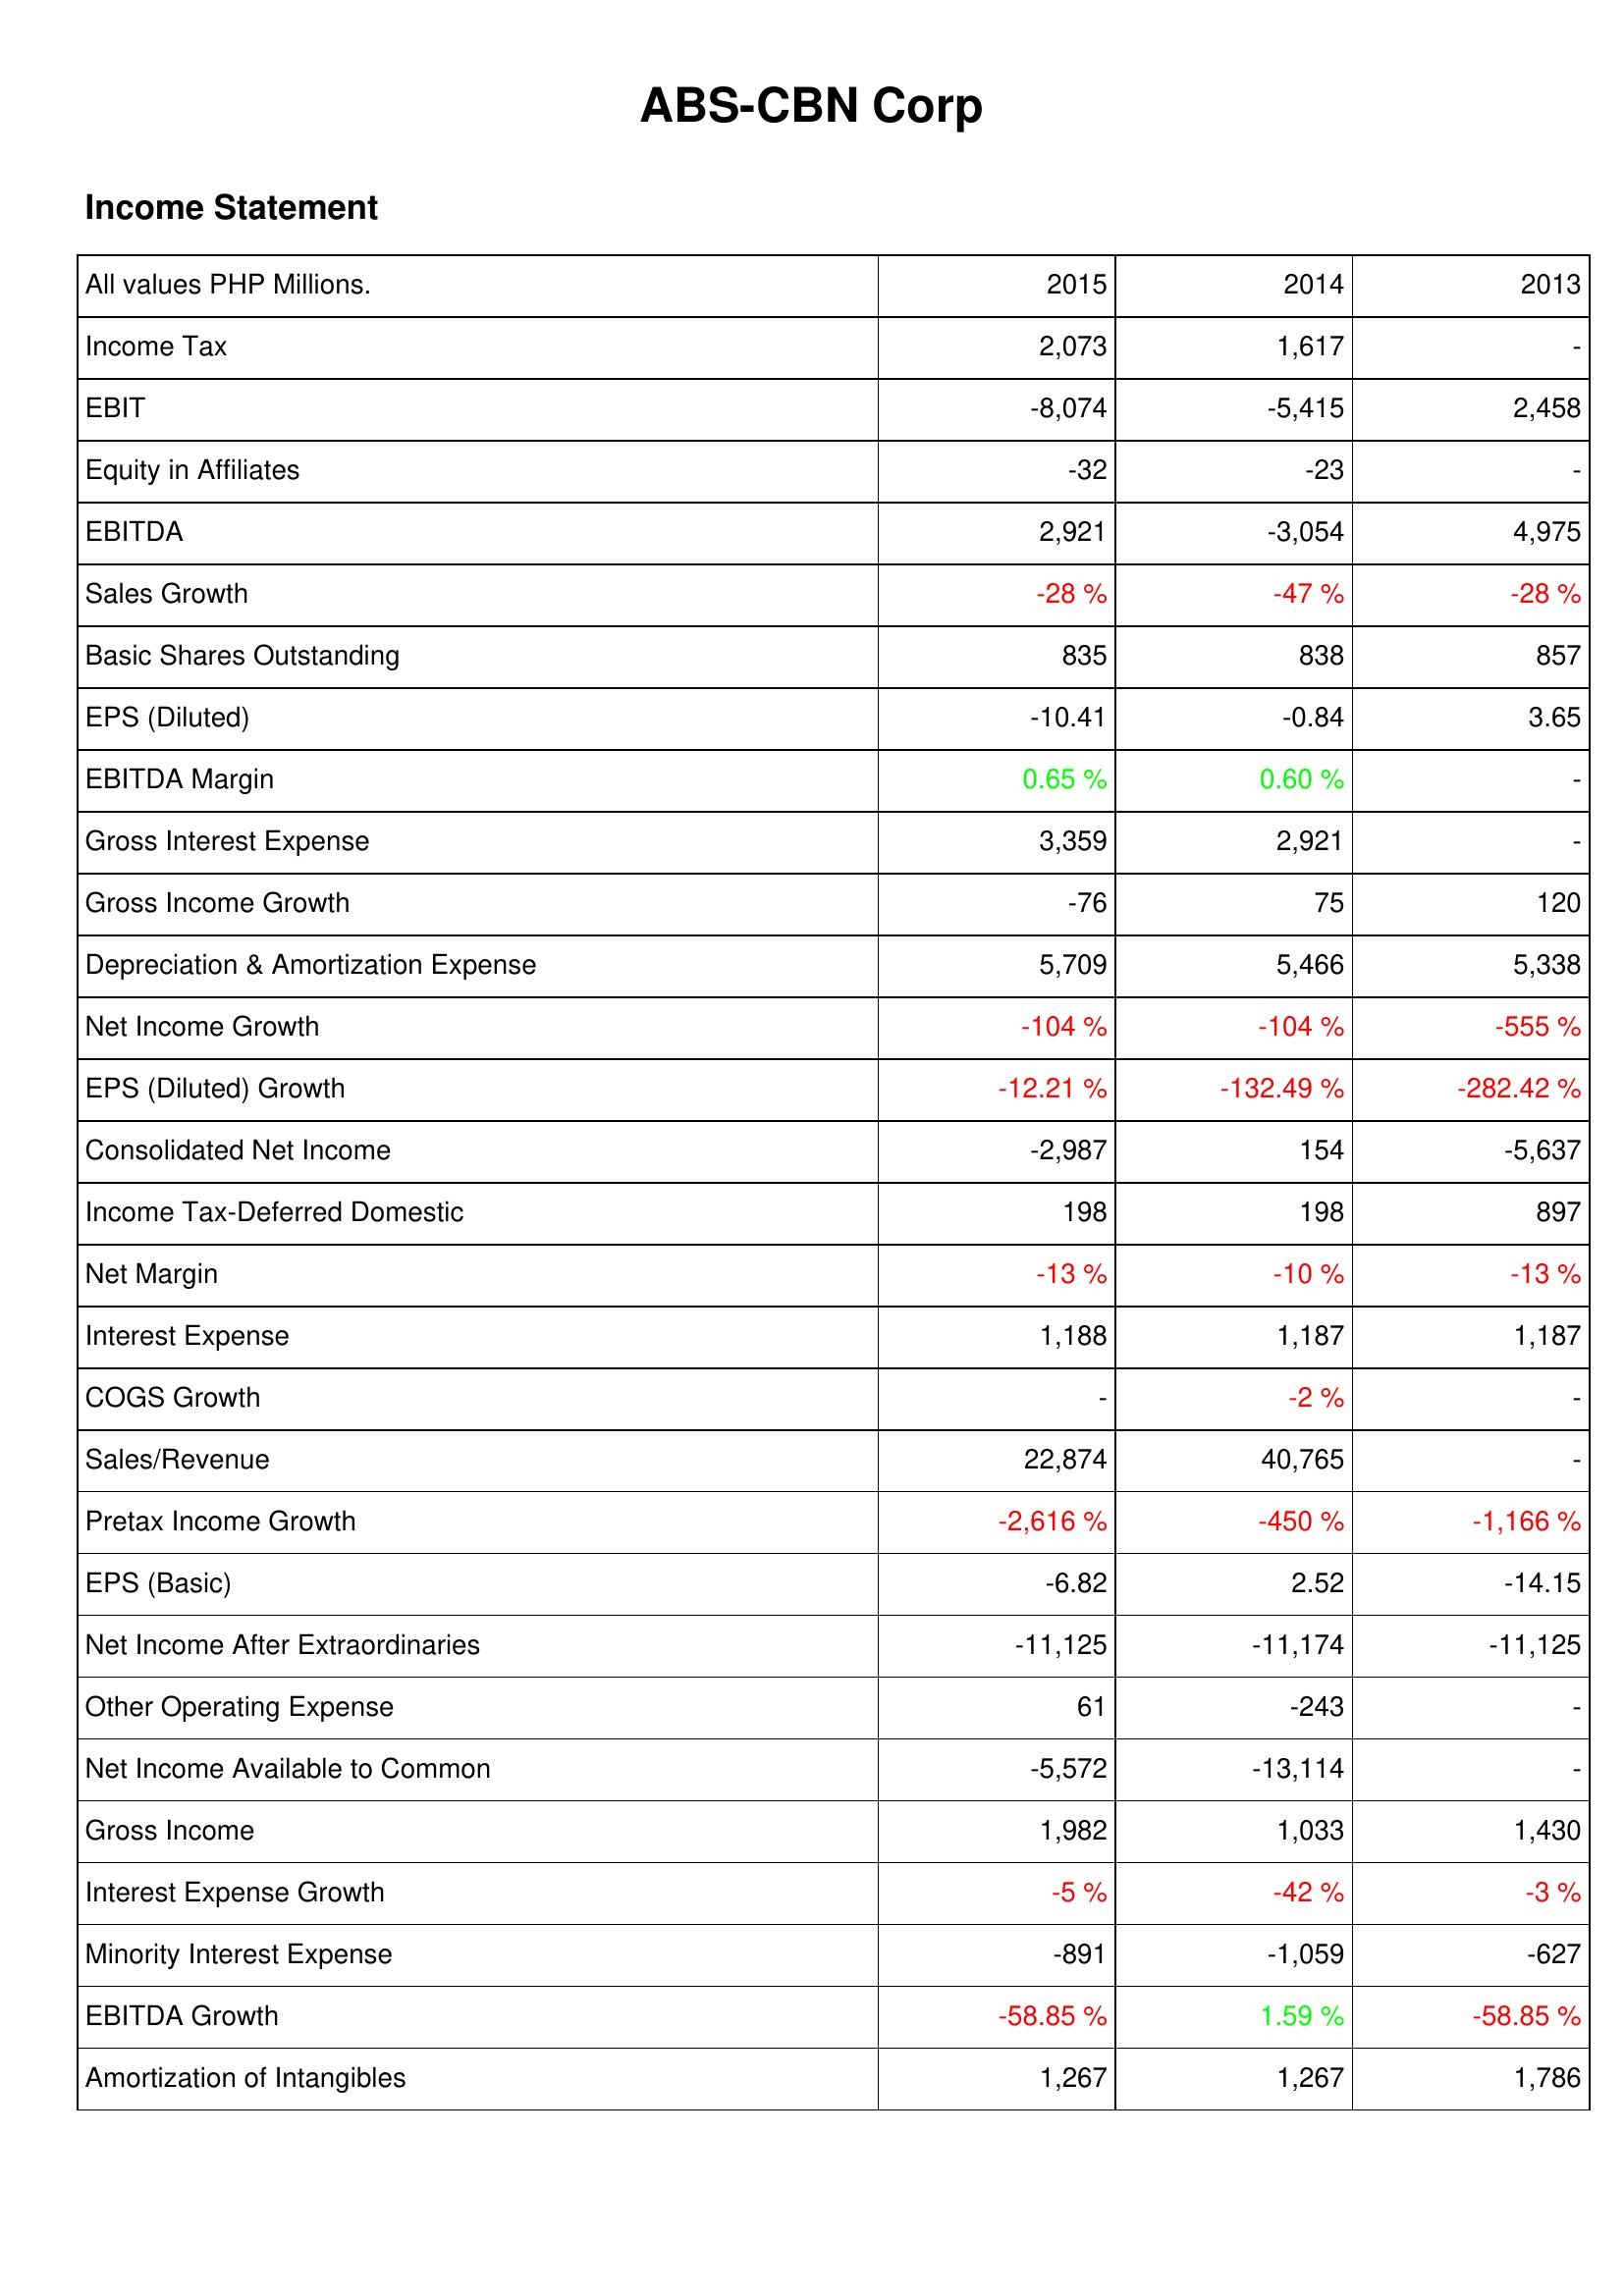
2015: Income Statement: Income Tax: 2,073
EBIT: -8,074
Equity in Affiliates: -32
EBITDA: 2,921
Sales Growth: -28 %
Basic Shares Outstanding: 835
EPS (Diluted): -10.41
EBITDA Margin: 0.65 %
Gross Interest Expense: 3,359
Gross Income Growth: -76
Depreciation & Amortization Expense: 5,709
Net Income Growth: -104 %
EPS (Diluted) Growth: -12.21 %
Consolidated Net Income: -2,987
Income Tax-Deferred Domestic: 198
Net Margin: -13 %
Interest Expense: 1,188
COGS Growth: -
Sales/Revenue: 22,874
Pretax Income Growth: -2,616 %
EPS (Basic): -6.82
Net Income After Extraordinaries: -11,125
Other Operating Expense: 61
Net Income Available to Common: -5,572
Gross Income: 1,982
Interest Expense Growth: -5 %
Minority Interest Expense: -891
EBITDA Growth: -58.85 %
Amortization of Intangibles: 1,267
2014: Income Statement: Income Tax: 1,617
EBIT: -5,415
Equity in Affiliates: -23
EBITDA: -3,054
Sales Growth: -47 %
Basic Shares Outstanding: 838
EPS (Diluted): -0.84
EBITDA Margin: 0.60 %
Gross Interest Expense: 2,921
Gross Income Growth: 75
Depreciation & Amortization Expense: 5,466
Net Income Growth: -104 %
EPS (Diluted) Growth: -132.49 %
Consolidated Net Income: 154
Income Tax-Deferred Domestic: 198
Net Margin: -10 %
Interest Expense: 1,187
COGS Growth: -2 %
Sales/Revenue: 40,765
Pretax Income Growth: -450 %
EPS (Basic): 2.52
Net Income After Extraordinaries: -11,174
Other Operating Expense: -243
Net Income Available to Common: -13,114
Gross Income: 1,033
Interest Expense Growth: -42 %
Minority Interest Expense: -1,059
EBITDA Growth: 1.59 %
Amortization of Intangibles: 1,267
2013: Income Statement: Income Tax: -
EBIT: 2,458
Equity in Affiliates: -
EBITDA: 4,975
Sales Growth: -28 %
Basic Shares Outstanding: 857
EPS (Diluted): 3.65
EBITDA Margin: -
Gross Interest Expense: -
Gross Income Growth: 120
Depreciation & Amortization Expense: 5,338
Net Income Growth: -555 %
EPS (Diluted) Growth: -282.42 %
Consolidated Net Income: -5,637
Income Tax-Deferred Domestic: 897
Net Margin: -13 %
Interest Expense: 1,187
COGS Growth: -
Sales/Revenue: -
Pretax Income Growth: -1,166 %
EPS (Basic): -14.15
Net Income After Extraordinaries: -11,125
Other Operating Expense: -
Net Income Available to Common: -
Gross Income: 1,430
Interest Expense Growth: -3 %
Minority Interest Expense: -627
EBITDA Growth: -58.85 %
Amortization of Intangibles: 1,786